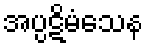
အပ္ပဋိမံသေန